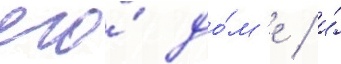
его́ до́м'е / и́